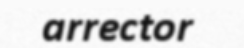
arrector